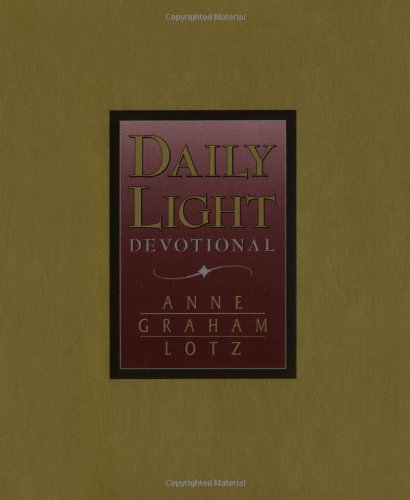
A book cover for Daily Light Devotional (Burgundy Leather); Anne Graham Lotz; Christian Books & Bibles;